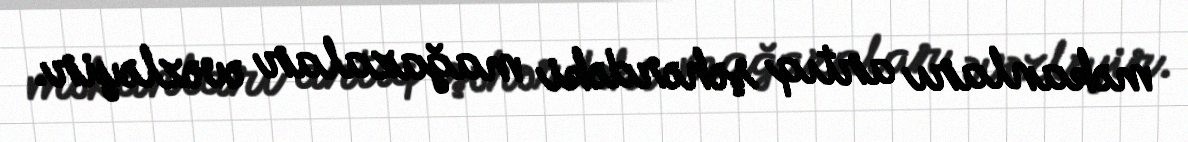
məkanları artıq şəhərdəki mağazalar əvəzləyir.